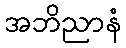
အဘိညာနံ